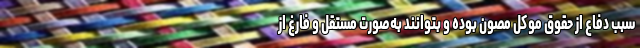
سبب دفاع از حقوق موکل مصون بوده و بتوانند به‌صورت مستقل و فارغ از